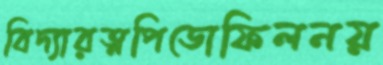
বিদ্যারত্নপিডোফিলনয়